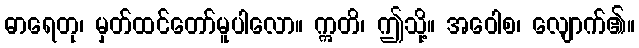
ဓာရေတု၊ မှတ်ထင်တော်မူပါလော။ ဣတိ၊ ဤသို့။ အဝေါစ၊ လျောက်၏။